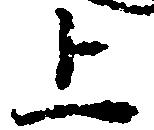
上